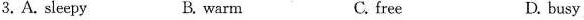
3.A.Sleepy B. warm C. free D. busy